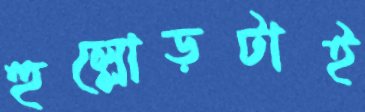
হুল্লোড়টাই